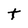
Character: t